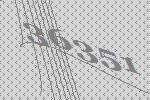
36351